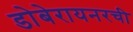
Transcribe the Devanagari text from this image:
डोबेरायनरची